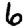
Digit: 6